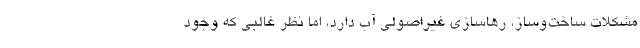
مشکلات ساخت‌وساز، رهاسازی غیراصولی آب دارد، اما نظر غالبی که وجود